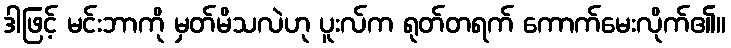
ဒါဖြင့် မင်းဘာကို မှတ်မိသလဲဟု ပူးလ်က ရုတ်တရက် ကောက်မေးလိုက်၏။